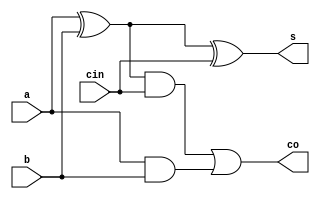
`timescale 1ns/1ns
module FA_structural(input a,b,cin,output s,co);
	wire w1,w2,w3;
	xor #23 g1(w1,a,b);
	xor #23 g2(s,w1,cin);
	and #14 g3(w2,w1,cin);
	and #14 g4(w3,a,b);
	or #17 g5(co,w2,w3);
endmodule